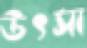
উৎসা